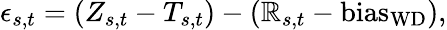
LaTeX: \epsilon_{s,t}=(Z_{s,t}-T_{s,t})-(\mathbb{R}_{s,t}-\mathrm{{bias_{WD}}}),